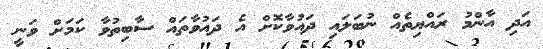
އަދި އާންމު ރައްޔިތެއް ނުބަލައި ދައުވާކޮށް އެ ދައުވާތައް ސާބިތުވާ ކަމަށް ވަނީ